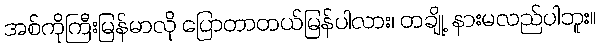
အစ်ကိုကြီးမြန်မာလို ပြောတာတယ်မြန်ပါလား၊ တချို့ နားမလည်ပါဘူး။